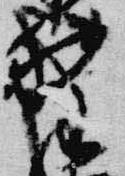
野